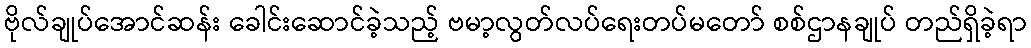
ဗိုလ်ချုပ်အောင်ဆန်း ခေါင်းဆောင်ခဲ့သည့် ဗမာ့လွတ်လပ်ရေးတပ်မတော် စစ်ဌာနချုပ် တည်ရှိခဲ့ရာ